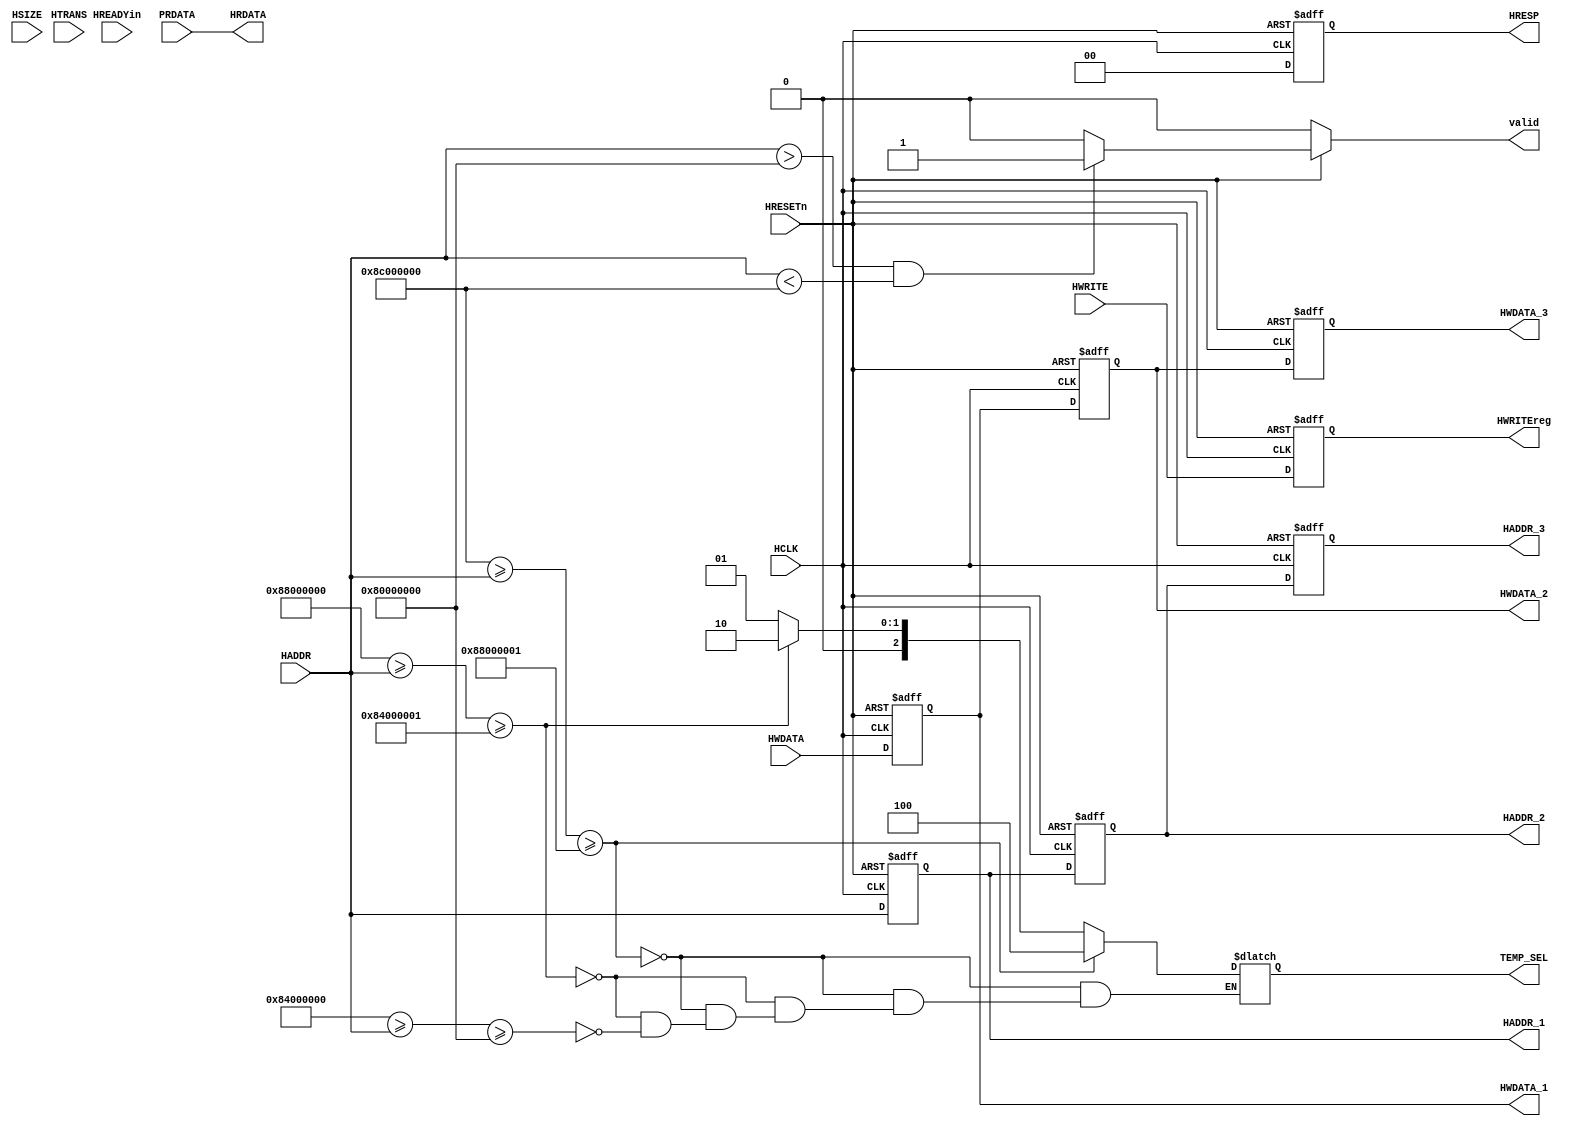
`timescale 1ns / 1ps
//////////////////////////////////////////////////////////////////////////////////
// Company: 
// 
// Create Date: 
// Design Name: 
// Module Name: ahb_slave
// Project Name: 
// Target Devices: 
// Tool Versions: 
// Description: 
// 
// Dependencies: 
// 
// Revision:
// Revision 0.01 - File Created
// Additional Comments:
// 
//////////////////////////////////////////////////////////////////////////////////


module ahb_slave(HADDR,HWDATA,HTRANS,HREADYin,HWRITE,HRESP, HRDATA,
		HSIZE,HCLK,HRESETn,HADDR_1,HWDATA_1,HADDR_2,HWDATA_2,
		HADDR_3,HWDATA_3,HWRITEreg,valid,TEMP_SEL,PRDATA);

input	[31:0]HADDR,HWDATA,PRDATA;
input	[1:0]HTRANS;
input	HREADYin,HWRITE;
input	[2:0]HSIZE;
input	HCLK,HRESETn;
	

output reg	[31:0]HADDR_1,
		HWDATA_1,
		HADDR_2,
		HWDATA_2,
		HADDR_3,
		HWDATA_3;

output 		[31:0]HRDATA;
	

output reg 	HWRITEreg,valid;
output reg	[1:0]HRESP;
output reg	[2:0]TEMP_SEL;



assign HRDATA=PRDATA;


parameter IDLE=2'b00,
	  BUSY=2'b01,
	  NONSEQ=2'b10,
	  SEQ=2'b11;



always@(posedge HCLK,negedge HRESETn)
  begin
	HRESP=0;

	if(~HRESETn)
       	 begin
          HADDR_1<=0;
	  HADDR_2<=0;
	  HADDR_3<=0;
	 end

	
	else
	  begin
	    HADDR_1<=HADDR;
	    HADDR_2<=HADDR_1;
	    HADDR_3<=HADDR_2;
	  end
 end


always@(posedge HCLK, negedge HRESETn)
  begin
	if(~HRESETn)
	  begin
	    HWDATA_1<=0;
	    HWDATA_2<=0;
	    HWDATA_3<=0;
	  end

	else
	  begin
	   HWDATA_1<=HWDATA;
	   HWDATA_2<=HWDATA_1;
	   HWDATA_3<=HWDATA_2;
	  end
  end


always@(posedge HCLK, negedge HRESETn)
  begin
	if(~HRESETn)
	   HWRITEreg<=0;
	else
	   HWRITEreg<=HWRITE;
  end
       

always@(*)
  begin
    if(~HRESETn)
       valid=0;
    
    else if((HADDR>32'h8000_0000 && HADDR< 32'h8c00_0000) /*&&  (HTRANS==NONSEQ || HTRANS==SEQ)*/)
     
         valid=1'b1;
    else
         valid=1'b0;
   end


always@(*)
  begin

   
        if( (32'h8c00_0000 >= HADDR>=32'h8800_0001)) 
		TEMP_SEL=3'b100;
	 else if((32'h8800_0000 >= HADDR>=32'h8400_0001))
		TEMP_SEL=3'b010;
 	 else if((32'h8400_0000 >= HADDR>=32'h8000_0000))
		TEMP_SEL=3'b001;
	 
  end
endmodule